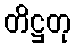
တိဋ္ဌတု